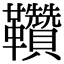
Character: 𩎈